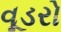
વૂડરો